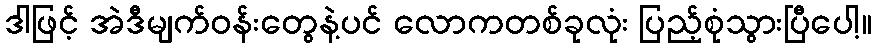
ဒါဖြင့် အဲဒီမျက်ဝန်းတွေနဲ့ပင် လောကတစ်ခုလုံး ပြည့်စုံသွားပြီပေါ့။